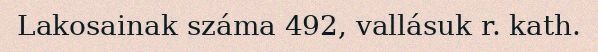
Lakosainak száma 492, vallásuk r. kath.